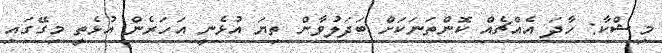
މިޝްކާ: ހާދަ އެއްޗެއް ކޮންތަނަކަށް ބަދަލުވާން ތިޔަ އުޅެނީ އަހަރެން އުޅެތީ މިގޭގައި